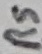
Text: RS